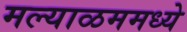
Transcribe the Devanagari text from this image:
मल्याळममध्ये